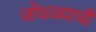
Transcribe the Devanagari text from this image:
जोंधळ्याची